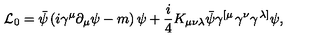
{ \cal L } _ { 0 } = \bar { \psi } \left( i \gamma ^ { \mu } \partial _ { \mu } \psi - m \right) \psi + \frac { i } { 4 } K _ { \mu \nu \lambda } \bar { \psi } \gamma ^ { \left[ \mu \right. } \gamma ^ { \nu } \gamma ^ { \left. \lambda \right] } \psi ,